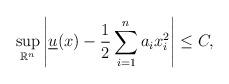
LaTeX: \begin{align*}\sup_{\mathbb{R}^n}\left|\underline{u}(x)-\frac{1}{2}\sum_{i=1}^na_ix_i^2\right|\leq C,\end{align*}